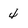
Character: 4